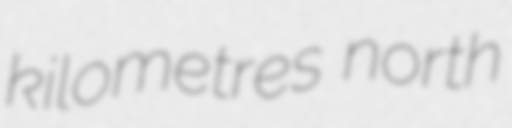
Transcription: kilometres north